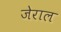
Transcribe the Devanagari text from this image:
जेराल